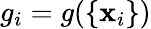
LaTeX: g_{i}=g(\left\lbrace\mathbf{x}_{i}\right\rbrace)